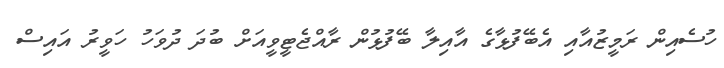
ހުސެއިން ރަމީޒުއާއި އެބޭފުޅާގެ އާއިލާ ބޭފުޅުން ރާއްޖެޓީވީއަށް ބުދަ ދުވަހު ހަވީރު އައިސް